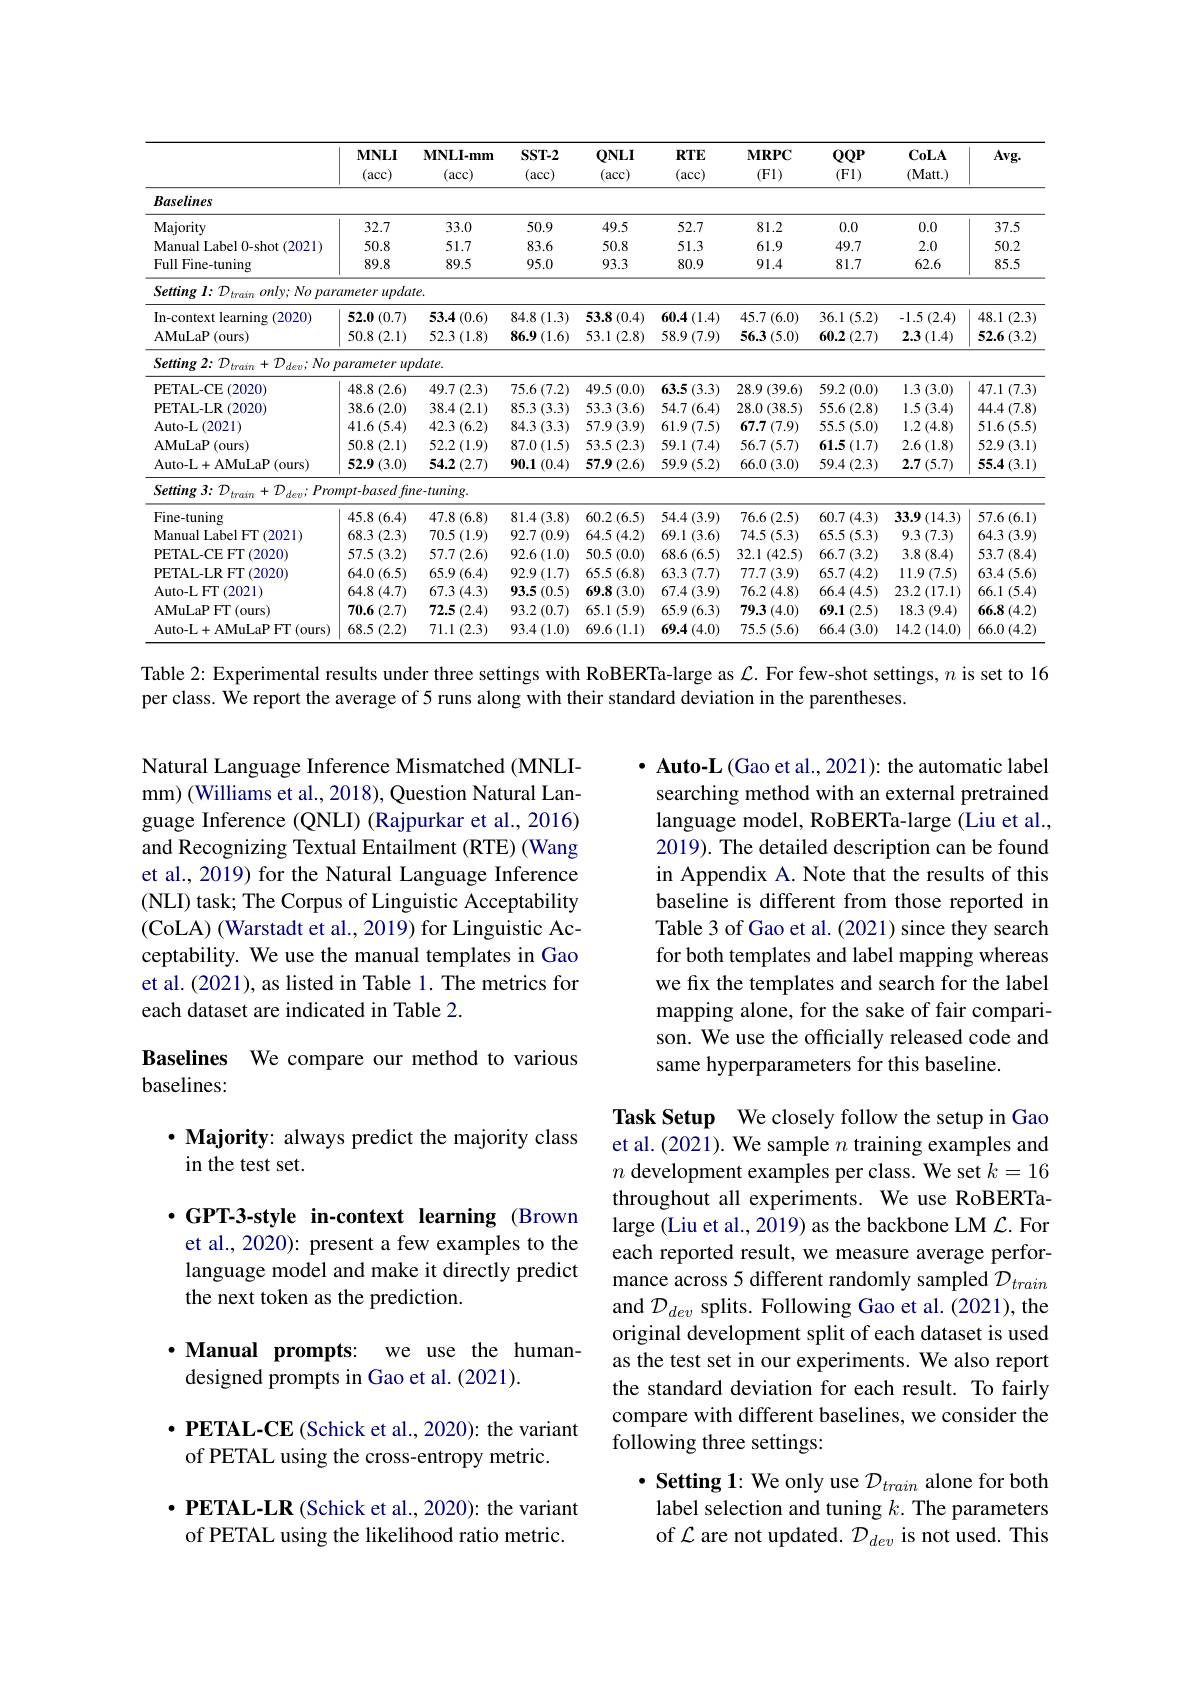
<table>
	<tbody>
		<tr>
			<th> </th>
			<th>$MNLI$ (acc)</th>
			<th>$\mathbf{MNLI-mm}$ (acc)</th>
			<th>$SST-2$ (acc)</th>
			<th>$QNLI$ (acc)</th>
			<th>$RTE$ (acc)</th>
			<th>$MRPC$ (Fl)</th>
			<th>$QQP$ (Fl)</th>
			<th>CoLA (Matt.)</th>
			<th>$Avg.$</th>
		</tr>
		<tr>
			<td>Baselines</td>
			<td> </td>
			<td> </td>
			<td> </td>
			<td> </td>
			<td> </td>
			<td> </td>
			<td> </td>
			<td> </td>
			<td> </td>
		</tr>
		<tr>
			<td>Majority</td>
			<td>32.7</td>
			<td>33.0</td>
			<td>50.9</td>
			<td>49.5</td>
			<td>52.7</td>
			<td>81.2</td>
			<td>0.0</td>
			<td>0.0</td>
			<td>37.5</td>
		</tr>
		<tr>
			<td>Manual Label 0-shot -1 (2021)</td>
			<td>50.8</td>
			<td>51.7</td>
			<td>83.6</td>
			<td>50.8</td>
			<td>51.3</td>
			<td>61.9</td>
			<td>49.7</td>
			<td>2.0</td>
			<td>50.2</td>
		</tr>
		<tr>
			<td>Full Fine-tuning</td>
			<td>89.8</td>
			<td>89.5</td>
			<td>95.0</td>
			<td>93.3</td>
			<td>80.9</td>
			<td>91.4</td>
			<td>81.7</td>
			<td>62.6</td>
			<td>85.5</td>
		</tr>
		<tr>
			<td>Setting $l{: }\mathcal{D} _{train}$ $a$ $only;Nopar$</td>
			<td>ameter upda</td>
			<td>$te.$</td>
			<td> </td>
			<td> </td>
			<td> </td>
			<td> </td>
			<td> </td>
			<td> </td>
			<td> </td>
		</tr>
		<tr>
			<td>In-context learning :(2020)</td>
			<td>52.0 $1\left(0.7\right)$</td>
			<td>$53.4\left(0.6\right)$</td>
			<td>$84.8\left(1.3\right)$</td>
			<td>53.8 (0.4)</td>
			<td>$60.4\left(1.4\right)$</td>
			<td>$45.7\left(6.0\right)$</td>
			<td>36.1(5.2)</td>
			<td>$-1.5\left(2.4\right)$</td>
			<td>48.1 (2.3)</td>
		</tr>
		<tr>
			<td>AMuLaP (ours)</td>
			<td>50.8 (2.1)</td>
			<td>52.3 (1.8)</td>
			<td>$86.9\left(1.6\right)$</td>
			<td>53.1 (2.8)</td>
			<td>$58.9\left(7.9\right)$</td>
			<td>$56.3\left(5.0\right)$</td>
			<td>$60.2\left(2.7\right)$</td>
			<td>$2.3\left(1.4\right)$</td>
			<td>52.6 (3.2)</td>
		</tr>
		<tr>
			<td>Setting 2: ${\mathcal{D} }_{train}+ {\mathcal{D} }_{dev}; No$ ${\mathcal{P} }$</td>
			<td>rarameter up</td>
			<td>$\nu date.$</td>
			<td> </td>
			<td> </td>
			<td> </td>
			<td> </td>
			<td> </td>
			<td> </td>
			<td> </td>
		</tr>
		<tr>
			<td>PETAL-CE (2020)</td>
			<td>48.8 (2.6)</td>
			<td>$49.7\left(2.3\right)$</td>
			<td>$75.6\left(7.2\right)$</td>
			<td>49.5 (0.0)</td>
			<td>$63.5\left(3.3\right)$</td>
			<td>$28.9\left(39.6\right)$</td>
			<td>$59.2\left(0.0\right)$</td>
			<td>$1.3\left(3.0\right)$</td>
			<td>47.1 (7.3)</td>
		</tr>
		<tr>
			<td>PETAL-LR (2020)</td>
			<td>$38.6\left(2.0\right)$</td>
			<td>$38.4\left(2.1\right)$</td>
			<td>$85.3\left(3.3\right)$</td>
			<td>53.3 (3.6)</td>
			<td>$54.7\left(6.4\right)$</td>
			<td>28.0 (38.5)</td>
			<td>55.6 (2.8)</td>
			<td>$1.5\left(3.4\right)$</td>
			<td>$44.4\left(7.8\right)$</td>
		</tr>
		<tr>
			<td>Auto- L$\left ( 2021\right )$</td>
			<td>41.6(5.4)</td>
			<td>42.3 (6.2)</td>
			<td>84.3 (3.3)</td>
			<td>$57.9\left(3.9\right)$</td>
			<td>$61.9\left(7.5\right)$</td>
			<td>$67.7\left(7.9\right)$</td>
			<td>$55.5\left(5.0\right)$</td>
			<td>$1.2\left(4.8\right)$</td>
			<td>$51.6\left(5.5\right)$</td>
		</tr>
		<tr>
			<td>AMuLaP(ours)</td>
			<td>50.8 (2.1)</td>
			<td>$52.2\left(1.9\right)$</td>
			<td>$87.0\left(1.5\right)$</td>
			<td>$53.5\left(2.3\right)$</td>
			<td>59.1 1(7.4) 1 1 1</td>
			<td>$56.7\left(5.7\right)$</td>
			<td>$61.5\left(1.7\right)$</td>
			<td>$2.6\left(1.8\right)$</td>
			<td>$52.9\left(3.1\right)$ 1 </td>
		</tr>
		<tr>
			<td>Auto- L+ AMuLaP ( ours) </td>
			<td>$52.9\left(3.0\right)$</td>
			<td>$54.2\left(2.7\right)$</td>
			<td>90.1 (0.4)</td>
			<td>$57.9\left(2.6\right)$</td>
			<td>$59.9\left(5.2\right)$</td>
			<td>66.0 (3.0)</td>
			<td>$59.4\left(2.3\right)$</td>
			<td>$2.7\left(5.7\right)$</td>
			<td>$55.4\left(3.1\right)$</td>
		</tr>
		<tr>
			<td>$\mathcal{O}_{train}+\mathcal{D}_{dev};Pron$ Setting 3: D 11</td>
			<td>$mpt-basedfin$</td>
			<td>ve-tuning.</td>
			<td> </td>
			<td> </td>
			<td> </td>
			<td> </td>
			<td> </td>
			<td> </td>
			<td> </td>
		</tr>
		<tr>
			<td>Fine-tuning</td>
			<td>45.8 (6.4)</td>
			<td>47.8 (6.8)</td>
			<td>$81.4\left(3.8\right)$</td>
			<td>$60.2\left(6.5\right)$</td>
			<td>54.4 (3.9)</td>
			<td>76.6 (2.5)</td>
			<td>$60.7\left(4.3\right)$</td>
			<td>$33.9\left(14.3\right)$</td>
			<td>$57.6\left(6.1\right)$</td>
		</tr>
		<tr>
			<td>Manual Label FT (2021)</td>
			<td>68.3 (2.3)</td>
			<td>$70.5\left(1.9\right)$</td>
			<td>92.7 ( (0.9)</td>
			<td>$64.5\left(4.2\right)$</td>
			<td>69.1 (3.6)</td>
			<td>$74.5\left(5.3\right)$</td>
			<td>$65.5\left(5.3\right)$</td>
			<td>9.3 (7.3)</td>
			<td>64.3 (3.9)</td>
		</tr>
		<tr>
			<td>PETAL-CE FT (2020)</td>
			<td>$57.5\left(3.2\right)$</td>
			<td>$57.7\left(2.6\right)$</td>
			<td>$92.6\left(1.0\right)$</td>
			<td>50.5 (0.0)</td>
			<td>68.6 (6.5)</td>
			<td>32.1 (42.5)</td>
			<td>$66.7\left(3.2\right)$</td>
			<td>3.8 (8.4)</td>
			<td>$53.7\left(8.4\right)$</td>
		</tr>
		<tr>
			<td>PETAL-LR FT( (2020)</td>
			<td>64.0 (6.5)</td>
			<td>$65.9\left(6.4\right)$</td>
			<td>$92.9\left(1.7\right)$</td>
			<td>65.5 (6.8)</td>
			<td>$63.3\left(7.7\right)$</td>
			<td>$77.7\left(3.9\right)$</td>
			<td>$65.7\left(4.2\right)$</td>
			<td>$11.9\left(7.5\right)$</td>
			<td>$63.4\left(5.6\right)$</td>
		</tr>
		<tr>
			<td>Auto-L FT $\Gamma(2021)$</td>
			<td>64.8 (4.7)</td>
			<td>67.3 (4.3)</td>
			<td>93.5 (0.5)</td>
			<td>69.8(3.0)</td>
			<td>$67.4\left(3.9\right)$</td>
			<td>$76.2\left(4.8\right)$</td>
			<td>$66.4\left(4.5\right)$</td>
			<td>$23.2\left(17.1\right)$</td>
			<td>66.1 (5.4]</td>
		</tr>
		<tr>
			<td>AMuLaP FT (ours)</td>
			<td>$70.6\left(2.7\right)$</td>
			<td>$72.5\left(2.4\right)$ 5</td>
			<td>$93.2\left(0.7\right)$</td>
			<td>65.1 (5.9)</td>
			<td>$65.9\left(6.3\right)$</td>
			<td>79.3 (4.0)</td>
			<td>69.1 1 (2.5)</td>
			<td>$18.3\left(9.4\right)$</td>
			<td>$66.8\left(4.2\right)$</td>
		</tr>
		<tr>
			<td>Auto-L+AMuLaP FT (ours)</td>
			<td>$68.5\left(2.2\right)$</td>
			<td>71.1(2.3)</td>
			<td>$93.4\left(1.0\right)$</td>
			<td>$69.6\left(1.1\right)$</td>
			<td>$69.4\left(4.0\right)$</td>
			<td>75.5 (5.6)</td>
			<td>66.4 (3.0)</td>
			<td>$14.2\left(14.0\right)$</td>
			<td>$66.0\left(4.2\right)$</td>
		</tr>
	</tbody>
</table>

Table 2: Experimental results under three settings with RoBERTa-large as $\mathcal{L}.$ For few-shot settings, $n$ is set to 16

per class. We report the average of 5 runs along with their standard deviation in the parentheses.

Natural Language Inference Mismatched (MNLImm) (Williams et al., 2018), Question Natural Language Inference (QNLI) (Rajpurkar et al., 2016) and Recognizing Textual Entailment (RTE) (Wang et al., 2019) for the Natural Language Inference (NLI) task; The Corpus of Linguistic Acceptability (CoLA) (Warstadt et al., 2019) for Linguistic Acceptability. We use the manual templates in Gao et al. (2021), as listed in Table 1. The metrics for each dataset are indicated in Table 2.

$\bullet$ Auto-L (Gao et al., 2021): the automatic label searching method with an external pretrained language model, RoBERTa-large (Liu et al., 2019). The detailed description can be found in Appendix A. Note that the results of this baseline is different from those reported in Table 3 of Gao et al. (2021) since they search for both templates and label mapping whereas we fix the templates and search for the label mapping alone, for the sake of fair comparison. We use the officially released code and same hyperparameters for this baseline.

Baselines We compare our method to various
baselines:

$\cdot$ Majority: always predict the majority class
in the test set.

$\cdot$GPT-3-style in-context learning (Brown et al., 2020): present a few examples to the language model and make it directly predict the next token as the prediction.

Task Setup We closely follow the setup in Gao et al. (2021). We sample $n$ training examples and $n$ development examples per class. We set $k=16$ throughout all experiments. We use RoBERTalarge (Liu et al., 2019) as the backbone LM $\mathcal{L}$. For each reported result, we measure average performance across 5 different randomly sampled $\mathcal{D}_train$ and $\mathcal{D}_{dev}$ splits. Following Gao et al.(2021), the original development split of each dataset is used as the test set in our experiments. We also report the standard deviation for each result. To fairly compare with different baselines, we consider the following three settings:

$\cdot$ Manual prompts: we use the human-
designed prompts in Gao et al. (2021).

$\cdot \textbf{PETAL- CE ( Schick et al. , 2020) : the variant}$
of PETAL using the cross-entropy metric.

$\cdot$ Setting 1: We only use $\mathcal{D}_train$ alone for both label selection and tuning $k.$ The parameters of $\mathcal{L}$ are not updated. $\mathcal{D}_dev$ is not used. This

$\cdot \textbf{PETAL- LR ( Schick et al. , 2020) : the variant}$ of PETAL using the likelihood ratio metric.